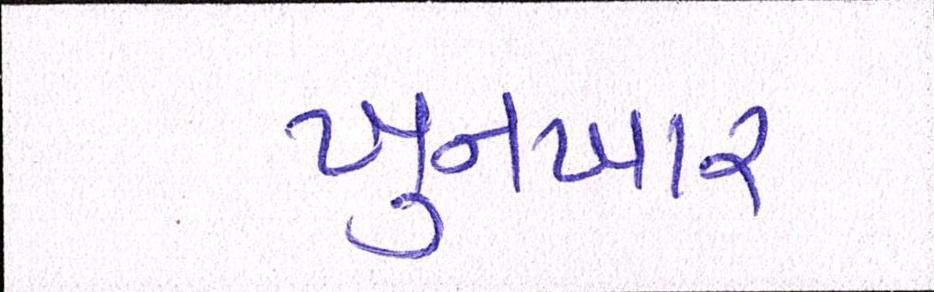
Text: ખુનખાર